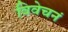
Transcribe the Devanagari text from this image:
विवेचनं